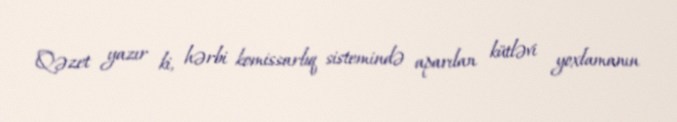
Qəzet yazır ki, hərbi komissarlıq sistemində aparılan kütləvi yoxlamanın